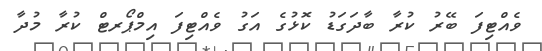
ވެއްޓިފަ ބޭރު ކުރާ ބާދަގަޑު ކޮޅުގެ އަގު ވެއްޓިފަ އިމްޕޯރޓް ކުރާ މުދާ